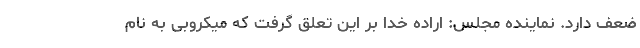
ضعف دارد. نماینده مجلس: اراده خدا بر این تعلق گرفت که میکروبی به نام